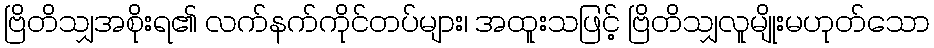
ဗြိတိသျှအစိုးရ၏ လက်နက်ကိုင်တပ်များ၊ အထူးသဖြင့် ဗြိတိသျှလူမျိုးမဟုတ်သော